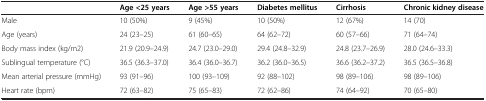
<table><thead><tr><td><b> </b></td><td><b>Age &lt;25 years</b></td><td><b>Age &gt;55 years</b></td><td><b>Diabetes mellitus</b></td><td><b>Cirrhosis</b></td><td><b>Chronic kidney disease</b></td></tr></thead><tbody><tr><td>Male</td><td>10 (50%)</td><td>9 (45%)</td><td>10 (50%)</td><td>12 (67%)</td><td>14 (70)</td></tr><tr><td>Age (years)</td><td>24 (23–25)</td><td>61 (60–65)</td><td>64 (62–72)</td><td>60 (57–66)</td><td>71 (64–74)</td></tr><tr><td>Body mass index (kg/m2)</td><td>21.9 (20.9–24.9)</td><td>24.7 (23.0–29.0)</td><td>29.4 (24.8–32.9)</td><td>24.8 (23.7–26.9)</td><td>28.0 (24.6–33.3)</td></tr><tr><td>Sublingual temperature (°C)</td><td>36.5 (36.3–37.0)</td><td>36.4 (36.0–36.7)</td><td>36.2 (36.0–36.5)</td><td>36.6 (36.2–37.2)</td><td>36.5 (36.5–36.8)</td></tr><tr><td>Mean arterial pressure (mmHg)</td><td>93 (91–96)</td><td>100 (93–109)</td><td>92 (88–102)</td><td>98 (89–106)</td><td>98 (89–106)</td></tr><tr><td>Heart rate (bpm)</td><td>72 (63–82)</td><td>75 (65–83)</td><td>72 (62–86)</td><td>74 (64–92)</td><td>70 (65–80)</td></tr></tbody></table>